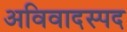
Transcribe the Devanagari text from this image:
अविवादस्पद